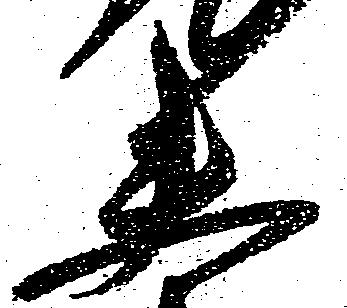
夫